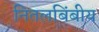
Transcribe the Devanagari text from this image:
नितलबिंबीय